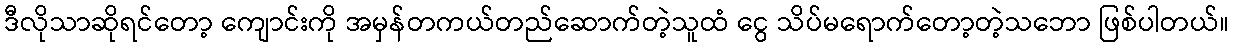
ဒီလိုသာဆိုရင်တော့ ကျောင်းကို အမှန်တကယ်တည်ဆောက်တဲ့သူထံ ငွေ သိပ်မရောက်တော့တဲ့သဘော ဖြစ်ပါတယ်။